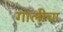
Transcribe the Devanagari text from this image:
गालीचा